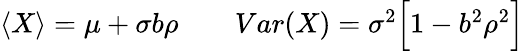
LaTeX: \begin{array}{r}{\langle X\rangle=\mu+\sigma b\rho\quad\quad Var(X)=\sigma^{2}\Bigl[1-b^{2}\rho^{2}\Bigr]}\end{array}